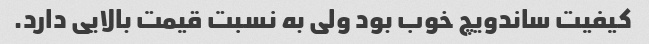
کیفیت ساندویچ خوب بود ولی به نسبت قیمت بالایی دارد.